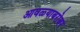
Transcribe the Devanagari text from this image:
आवळ्याबरोबर